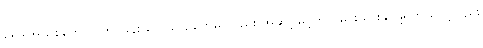
ရေဒါအသစ်တွေကို တိုင်ဖွန်း လေယာဉ်တွေမှာလည်း အဆင့်မြှင့်တင် ပေးသွားနိုင်ဖို့ရှိတယ်လို့လည်း